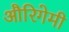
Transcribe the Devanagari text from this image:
औरिगेमी